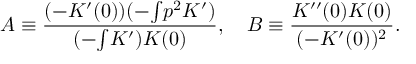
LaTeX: A \equiv \frac { ( - K ^ { \prime } ( 0 ) ) ( - { \textstyle \int } p ^ { 2 } K ^ { \prime } ) } { ( - { \textstyle \int } K ^ { \prime } ) K ( 0 ) } , \ \ \ B \equiv \frac { K ^ { \prime \prime } ( 0 ) K ( 0 ) } { ( - K ^ { \prime } ( 0 ) ) ^ { 2 } } .